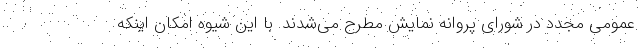
عمومی مجدد در شورای پروانه نمایش مطرح می‌شدند. با این شیوه امکان اینکه